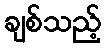
ချစ်သည့်